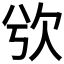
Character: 𣢍